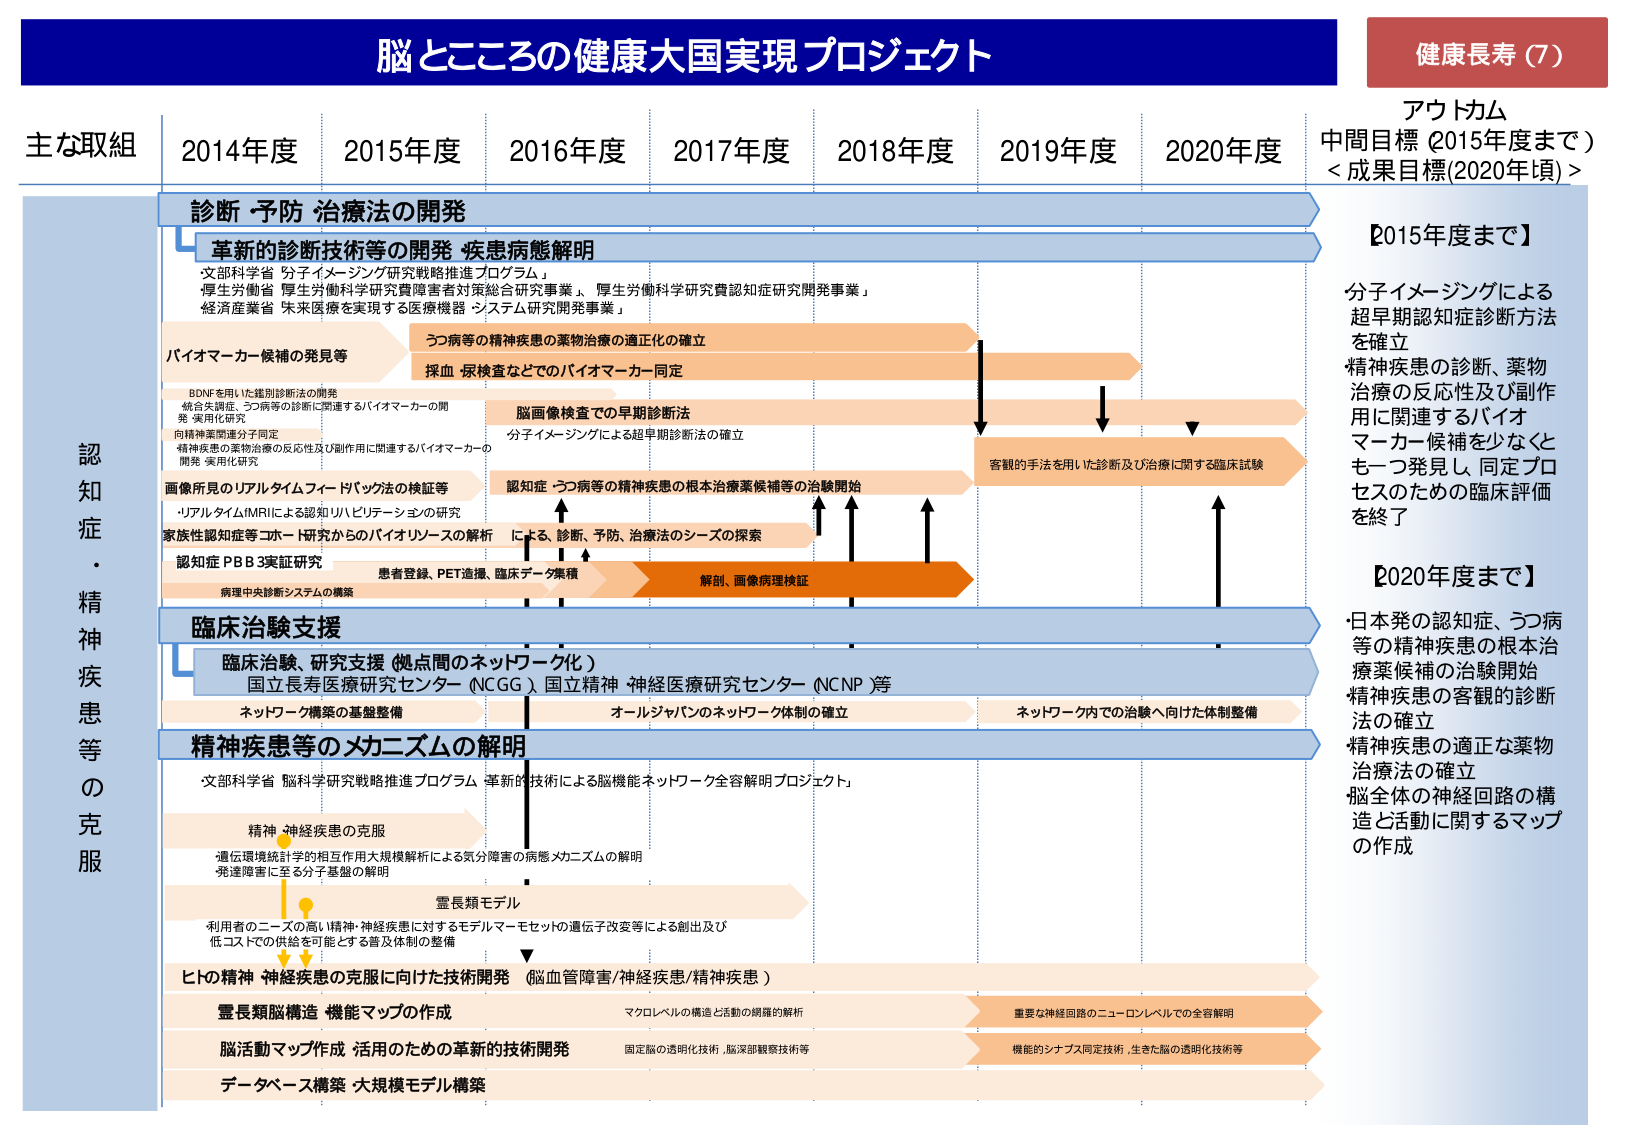
脳とこころの健康大国実現プロジェクト
健康長寿（7）
アウトカム
中間目標（2015年度まで）
＜成果目標（2020年頃）＞

主な取組
2014年度　2015年度　2016年度　2017年度　2018年度　2019年度　2020年度

診断・予防・治療法の開発
革新的診断技術等の開発・疾患病態解明
・文部科学省「分子イメージング研究戦略推進プログラム」
・厚生労働省「厚生労働科学研究費障害者対策総合研究事業」、「厚生労働科学研究費認知症研究開発事業」
・経済産業省「未来医療を実現する医療機器・システム研究開発事業」

バイオマーカー候補の発見等
・BDNFを用いた鑑別診断法の開発
・統合失調症、うつ病等の診断に関連するバイオマーカーの開発・実用化研究
・向精神薬関連分子同定
・精神疾患の薬物治療の反応性及び副作用に関連するバイオマーカーの開発・実用化研究

画像所見のリアルタイムフィードバックの検証等
・「リアルタイムfMRIによる認知リハビリテーション」の研究

家族性認知症等コホート研究からのバイオリソースの解析
認知症PBB3実証研究

うつ病等の精神疾患の薬物治療の適正化の確立
採血・尿検査などでのバイオマーカー同定

脳画像検査での早期診断法
分子イメージングによる超早期診断法の確立

認知症・うつ病等の精神疾患の根本治療薬候補等の治験開始

による、診断、予防、治療法のシーズの探索

患者登録、PET造影、臨床データ集積

解剖、画像病理検証

客観的手法を用いた診断及び治療に関する臨床試験

【2015年度まで】
分子イメージングによる
超早期認知症診断方法
を確立
精神疾患の診断、薬物
治療の反応性及び副作
用に関連するバイオ
マーカー候補を少なくと
も一つ発見し、同定プロ
セスのための臨床評価
を終了

【2020年度まで】
・日本発の認知症、うつ病
等の精神疾患の根本治
療薬候補の治験開始
精神疾患の客観的診断
法の確立
精神疾患の適正な薬物
治療法の確立
脳全体の神経回路の構
造と活動に関するマップ
の作成

臨床治験支援
臨床治験、研究支援（拠点間のネットワーク化）
国立長寿医療研究センター（NCGG）、国立精神・神経医療研究センター（NCNP）等
ネットワーク構築の基盤整備
オールジャパンのネットワーク体制の確立
ネットワーク内での治験へ向けた体制整備

精神疾患等のメカニズムの解明
・文部科学省「脳科学研究戦略推進プログラム「革新的技術による脳機能ネットワーク全容解明プロジェクト」

精神・神経疾患の克服
・遺伝環境統計学的相互作用大規模解析による気分障害の病態メカニズムの解明
・発達障害に至る分子基盤の解明

霊長類モデル
利用者のニーズの高い精神・神経疾患に対するモデルマーモセットの遺伝子改変等による創出及び
低コストでの供給を可能とする普及体制の整備

ヒトの精神・神経疾患の克服に向けた技術開発（脳血管障害/神経疾患/精神疾患）
霊長類脳構造・機能マップの作成
マクロレベルの構造と活動の網羅的解析
重要な神経回路のニューロンレベルでの全容解明

脳活動マップ作成・活用のための革新的技術開発
固定脳の透明化技術、脳深部観察技術等
機能的シナプス同定技術、生きた脳の透明化技術等

データベース構築・大規模モデル構築

認知症・精神疾患等の克服
病理中央診断システムの構築